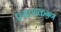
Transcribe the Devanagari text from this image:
प्रसाशकगण